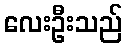
လေးဦးသည်